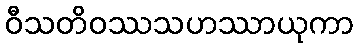
ဝီသတိဝဿသဟဿာယုကာ